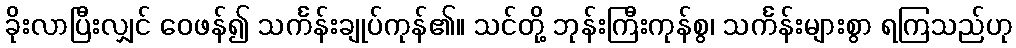
ခိုးလာပြီးလျှင် ဝေဖန်၍ သင်္ကန်းချုပ်ကုန်၏။ သင်တို့ ဘုန်းကြီးကုန်စွ၊ သင်္ကန်းများစွာ ရကြသည်ဟု